Report of the Municipal Commissioner on the plague in Bombay for the year ending 31st May... - Volume 2
Disease focus: Plague
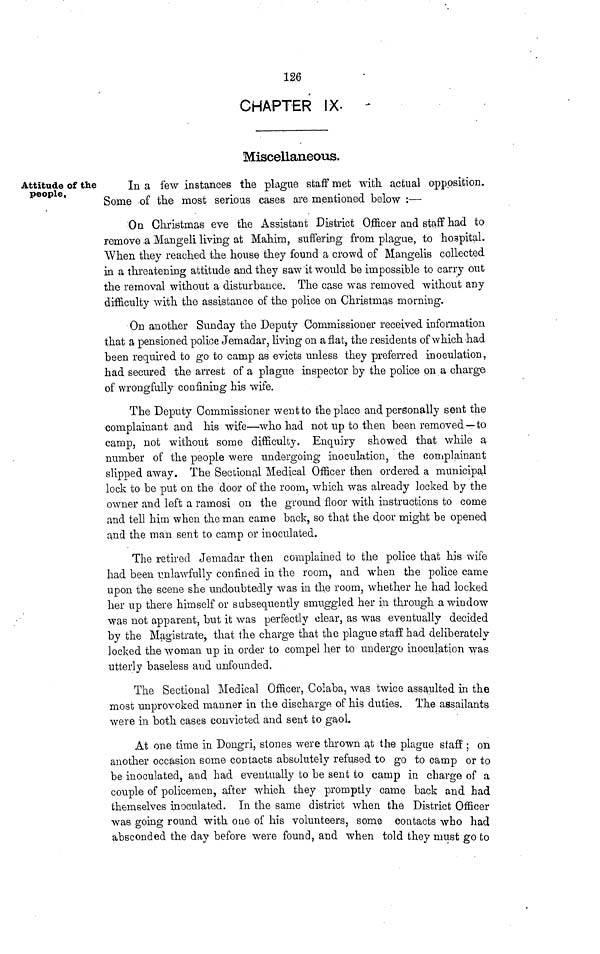
126
CHAPTER IX-
Miscellaneous.
Attitude of the
people,
In a few instances the plague staff met with actual opposition.
Some of the most serious cases are mentioned below :—
On Christmas eve the Assistant District Officer and staff had to
remove a Mangeli living at Mahim, suffering from plague, to hospital.
When they reached the house they found a crowd of Mangelis collected
in a threatening attitude and they saw it would be impossible to carry out
the removal without a disturbance. The case was removed without any
difficulty with the assistance of the police on Christmas morning.
On another Sunday the Deputy Commissioner received information
that a pensioned police Jemadar, living on aflat, the residents of which had
been required to go to camp as evicts unless they preferred inoculation,
had secured the arrest of a plague inspector by the police on a charge
of wrongfully confining his wife.
The Deputy Commissioner went to the place and personally sent the
complainant and his wife—who had not up to then been removed—to
camp, not without some difficulty. Enquiry showed that while a
number of the people were undergoing inoculation, the complainant
slipped away. The Sectional Medical Officer then ordered a municipal
lock to be put on the door of the room, which was already locked by the
owner and left a ramosi on the ground floor with instructions to come
and tell him when the man came back, so that the door might be opened
and the man sent to camp or inoculated.
The retired Jemadar then complained to the police that his wife
had been unlawfully confined in the room, and when the police came
upon the scene she undoubtedly was in the room, whether he had locked
her up there himself or subsequently smuggled her in through a window
was not apparent, but it was perfectly clear, as was eventually decided
by the Magistrate, that the charge that the plague staff had deliberately
locked the woman up in order to compel her to undergo inoculation was
utterly baseless and unfounded.
The Sectional Medical Officer, Colaba, was twice assaulted in the
most unprovoked manner in the discharge of his duties. The assailants
were in both cases convicted and sent to gaol.
At one time in Dongri, stones were thrown at the plague staff ; on
another occasion some contacts absolutely refused to go to camp or to
be inoculated, and had eventually to be sent to camp in charge of a
couple of policemen, after which they promptly came back and had
themselves inoculated. In the same district when the District Officer
was going round with one of his volunteers, some contacts who had
absconded the day before were found, and when told they must go to